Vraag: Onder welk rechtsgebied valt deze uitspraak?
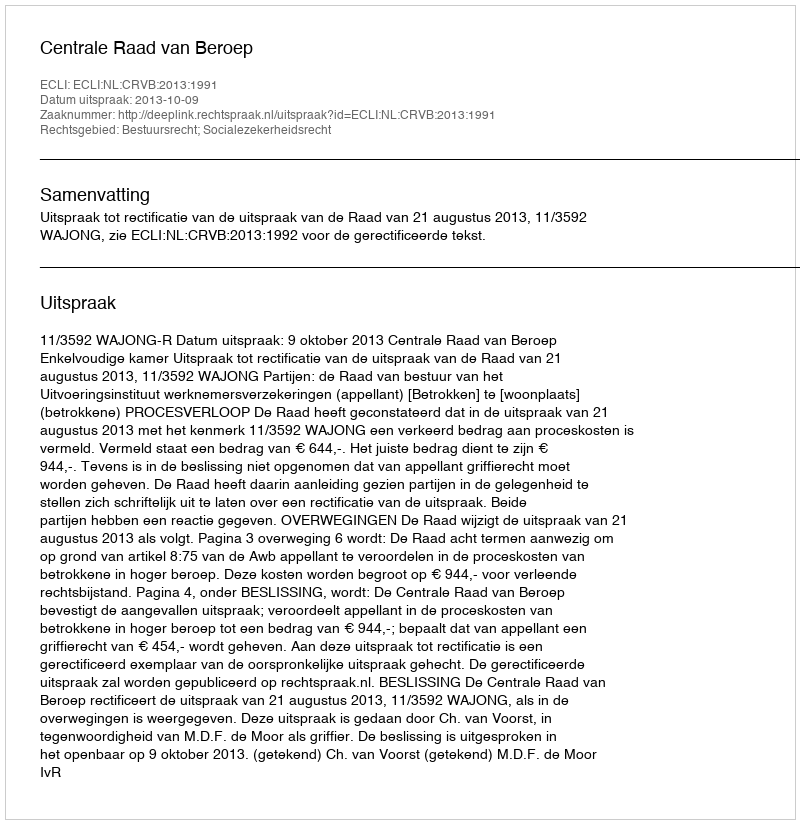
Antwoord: Bestuursrecht; Socialezekerheidsrecht